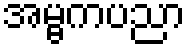
အမ္ဗကပညာ